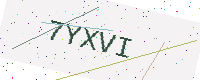
Text: 7YXVI